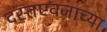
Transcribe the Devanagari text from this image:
दस्तएवजाच्या